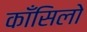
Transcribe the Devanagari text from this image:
काँसिलो